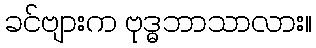
ခင်ဗျားက ဗုဒ္ဓဘာသာလား။